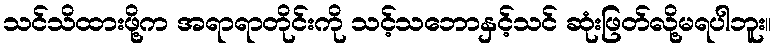
သင်သိထားဖို့က အရာရာတိုင်းကို သင့်သဘောနှင့်သင် ဆုံးဖြတ်လို့မရပါဘူး။